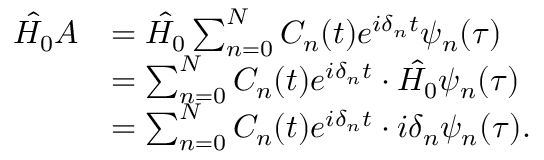
\begin{array} { r l } { \hat { H _ { 0 } } A } & { = \hat { H _ { 0 } } \sum _ { n = 0 } ^ { N } C _ { n } ( t ) e ^ { i \delta _ { n } t } { \psi } _ { n } ( \tau ) } \\ & { = \sum _ { n = 0 } ^ { N } C _ { n } ( t ) e ^ { i \delta _ { n } t } \cdot \hat { H _ { 0 } } { \psi } _ { n } ( \tau ) } \\ & { = \sum _ { n = 0 } ^ { N } C _ { n } ( t ) e ^ { i \delta _ { n } t } \cdot i \delta _ { n } { \psi } _ { n } ( \tau ) . } \end{array}